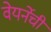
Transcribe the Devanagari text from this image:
वेयर्नेची